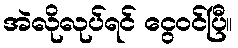
အဲလိုလုပ်ရင် ငွေဝင်ပြီ။